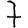
Digit: 7